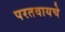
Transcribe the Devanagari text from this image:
परतवायचे